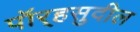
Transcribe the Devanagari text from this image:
पॉर्‍हसुदील